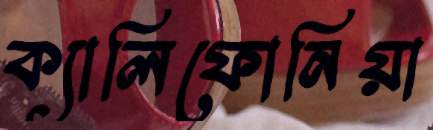
ক্যালিফোনিয়া